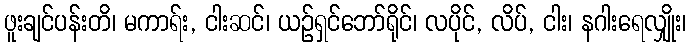
ဖူးချင်ပန်းတိ၊ မကာရ်း, ငါးဆင်၊ ယဉ်ရှင်ဘော်ရိုင်၊ လပိုင်, လိပ်, ငါး၊ နဂါးရေလျှိုး၊